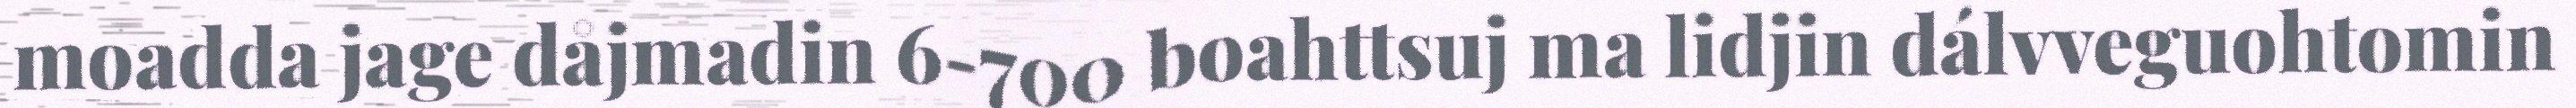
moadda jage dåjmadin 6-700 boahttsuj ma lidjin dálvveguohtomin